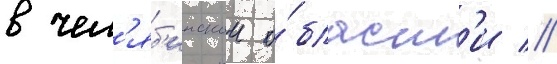
в чел'яб'инскои о́бласт'и //